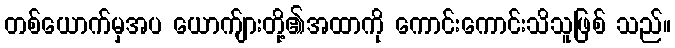
တစ်ယောက်မှအပ ယောက်ျားတို့၏အထာကို ကောင်းကောင်းသိသူဖြစ် သည်။